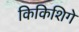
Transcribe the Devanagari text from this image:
किकिशिगे